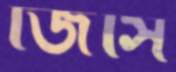
জিসি